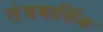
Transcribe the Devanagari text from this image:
तंत्रवार्त्तिक